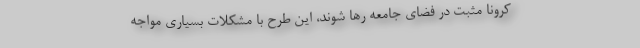
کرونا مثبت در فضای جامعه رها شوند، این طرح با مشکلات بسیاری مواجه